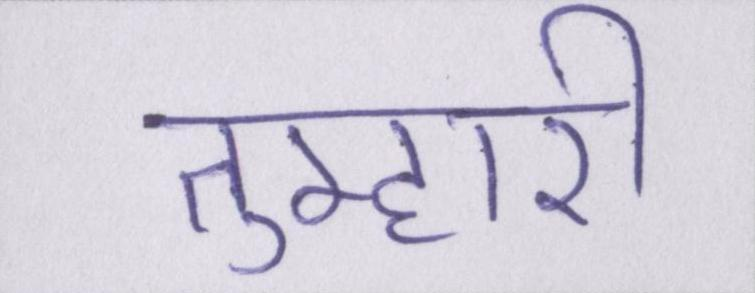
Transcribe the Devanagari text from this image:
तुम्हारी